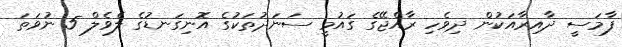
ފާމަސީ ދާއިރާއަކުން ދިވެހި ރާއްޖޭގެ ގައުމީ ސަނަދުތަކުގެ އޮނިގަނޑުގެ ލެވެލް 5 ނުވަތަ